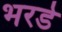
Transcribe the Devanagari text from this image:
भरडे